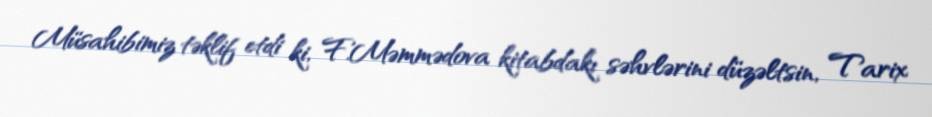
Müsahibimiz təklif etdi ki, F.Məmmədova kitabdakı səhvlərini düzəltsin, Tarix